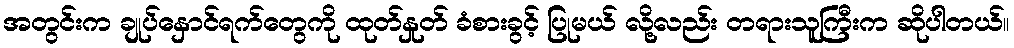
အတွင်းက ချုပ်နှောင်ရက်တွေကို ထုတ်နှုတ် ခံစားခွင့် ပြုမယ် လို့လည်း တရားသူကြီးက ဆိုပါတယ်။